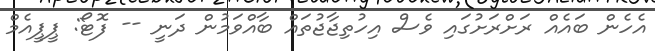
އެހެން ބައެއް ރަށްރަށުގައި ވެސް އިހުތިޖާޖުތައް ބާއްވަމުން ދަނީ -- ފޮޓޯ: ޕީޕީއެމް